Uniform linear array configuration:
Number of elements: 8
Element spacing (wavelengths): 1
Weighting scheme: hann
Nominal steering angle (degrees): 0
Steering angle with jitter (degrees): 0.5774
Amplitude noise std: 0.05
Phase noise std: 0.05

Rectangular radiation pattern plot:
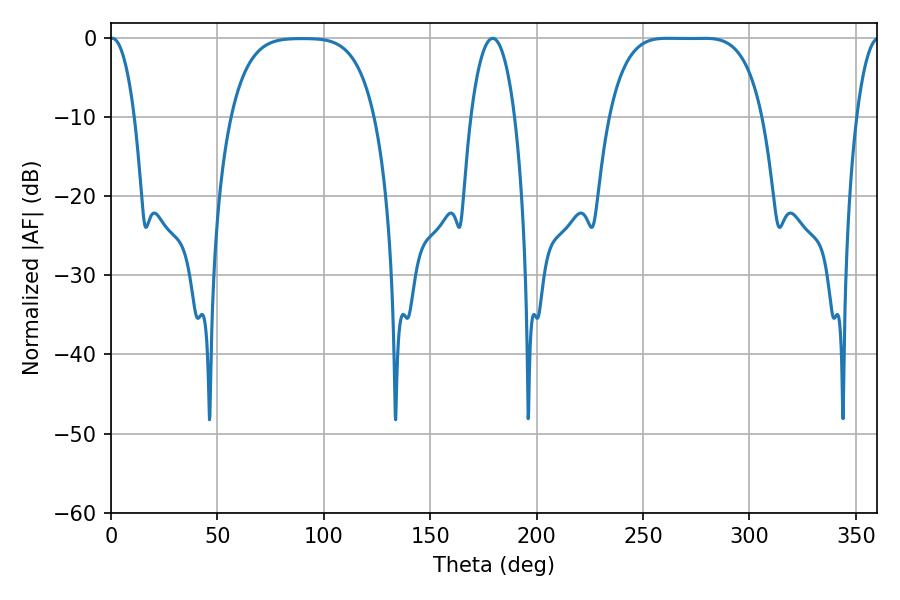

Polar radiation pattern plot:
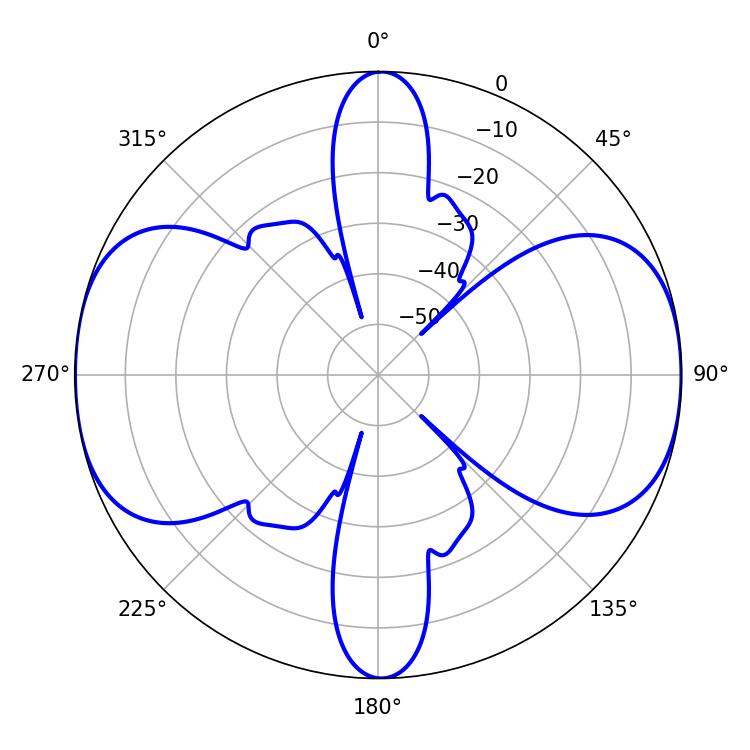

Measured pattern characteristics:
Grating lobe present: TRUE
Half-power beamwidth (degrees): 55.08
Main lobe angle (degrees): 261.36